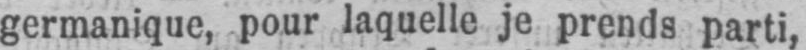
germanique, pour laquelle je prends parti,